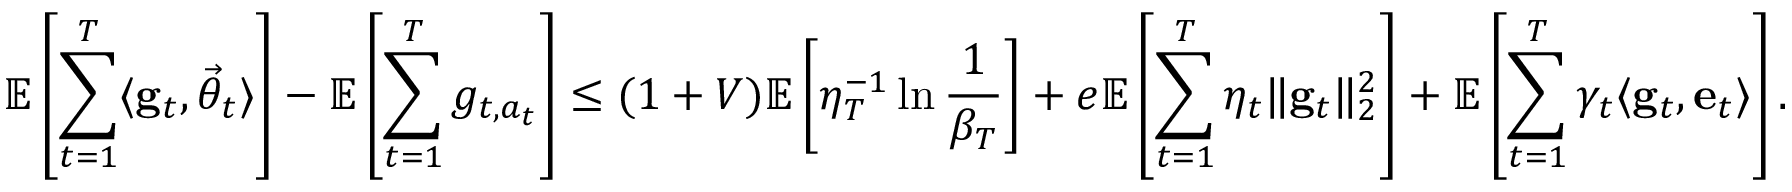
\mathbb E \left[ \sum _ { t = 1 } ^ { T } \langle \mathbf g _ { t } , \vec { \theta } _ { t } \rangle \right] - \mathbb E \left[ \sum _ { t = 1 } ^ { T } g _ { t , a _ { t } } \right] \le ( 1 + V ) \mathbb E \left[ \eta _ { T } ^ { - 1 } \ln \frac 1 { \beta _ { T } } \right] + e \mathbb E \left[ \sum _ { t = 1 } ^ { T } \eta _ { t } \lVert \mathbf g _ { t } \rVert _ { 2 } ^ { 2 } \right] + \mathbb E \left[ \sum _ { t = 1 } ^ { T } \gamma _ { t } \langle \mathbf g _ { t } , \mathbf e _ { t } \rangle \right] .